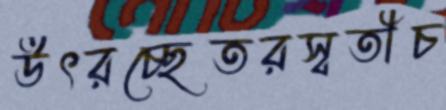
উৎরচ্ছেতরস্বতীচ